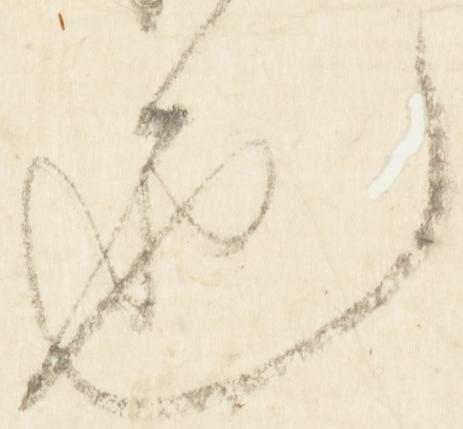
也